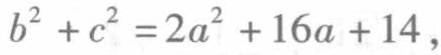
\[b^{2}+c^{2}=2a^{2}+16a + 14,\]